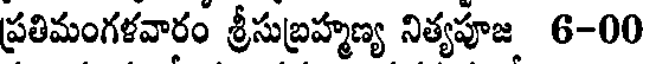
ప్రతిమంగళవారం శ్రీసుబ్రహ్మణ్య నిత్యపూజ 6-00